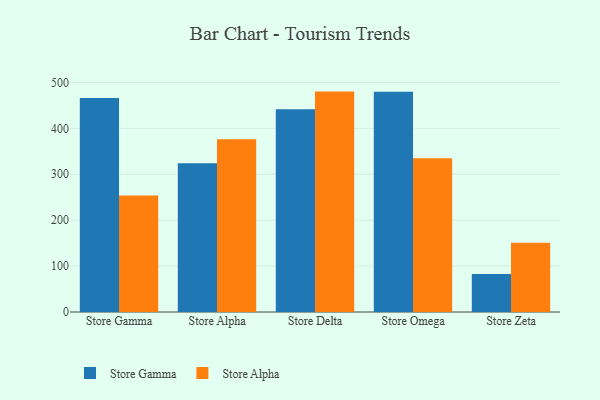
{"axis": {"x": "Store", "y": "Churn Rate (%)"}, "legend": ["Store Alpha", "Store Gamma"], "data": [{"x": "Store Gamma", "y": 466.1, "type": "Store Gamma"}, {"x": "Store Gamma", "y": 253.8, "type": "Store Alpha"}, {"x": "Store Alpha", "y": 324.1, "type": "Store Gamma"}, {"x": "Store Alpha", "y": 376.1, "type": "Store Alpha"}, {"x": "Store Delta", "y": 441.9, "type": "Store Gamma"}, {"x": "Store Delta", "y": 480.1, "type": "Store Alpha"}, {"x": "Store Omega", "y": 479.6, "type": "Store Gamma"}, {"x": "Store Omega", "y": 334.9, "type": "Store Alpha"}, {"x": "Store Zeta", "y": 83.0, "type": "Store Gamma"}, {"x": "Store Zeta", "y": 150.6, "type": "Store Alpha"}]}